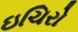
ઇચિરો